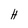
Character: H